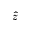
\hat { z }